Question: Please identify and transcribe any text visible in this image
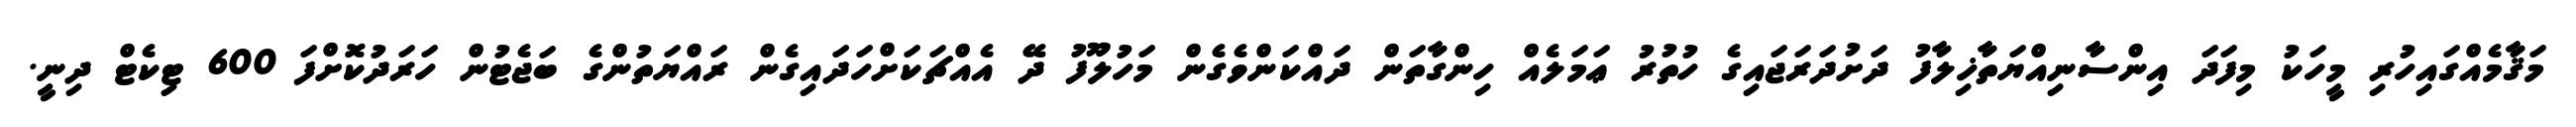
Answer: މަޤާމެއްގައިހުރި މީހަކު މިފަދަ އިންސާނިއްޔަތާޚިލާފު ދަށުދަރަޖައިގެ ހުތުރު ޢަމަލެއް ހިންގާތަން ދައްކަންވެގެން މަހުލޫފު ދޭ އެއްޗަކަށްހަދައިގެން ރައްޔަތުންގެ ބަޖެޓުން ހަރަދުކޮށްފަ 600 ޓިކެޓް ދިނީ.